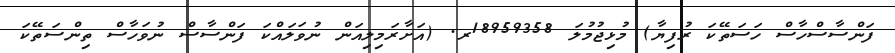
ފަންސާސްހާސް ހަސަތޭކަ ރުފިޔާ) މުޅިޖުމުލަ 18959358ރ. (އަށާރަމިލިއަން ނުވަލައްކަ ފަންސާސް ނުވަހާސް ތިންސަތޭކަ